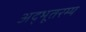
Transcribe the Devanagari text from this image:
अद्भूतरम्य